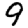
Digit: 9